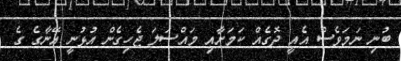
ބުނި ނަމަވެސް އެއީ ދޮގެއް ކަމަށާއި މައްސަލަ ޖެހިގެން އުޅުނީ އޭނާގެ ގެ